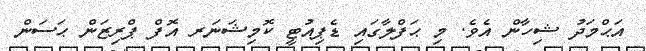
އަޙްމަދު ޝިހާން އެވެ. މި ޙަފްލާގައި ޑެޕިއުޓީ ކޮމިޝަނަރ އޮފް ޕްރިޒަން ޙަސަން